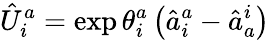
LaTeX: \hat{U}_{i}^{a}=\exp{\theta_{i}^{a}\left(\hat{a}_{i}^{a}-\hat{a}_{a}^{i}\right)}